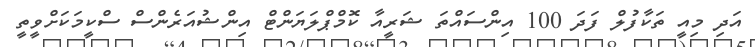
އަދި މިއީ ތަކާފުލް ފަދަ 100 އިންސައްތަ ޝަރީއާ ކޮމްޕްލަޔަންޓް އިންޝުއަރެންސް ސްކީމަކަށްވީތީ